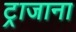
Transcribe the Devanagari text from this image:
ट्राजाना